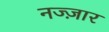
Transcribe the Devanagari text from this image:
नज्ज़ार